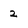
Character: 2